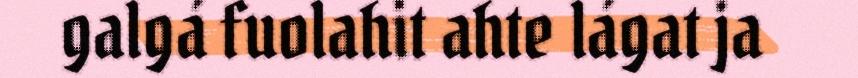
galgá fuolahit ahte lágat ja